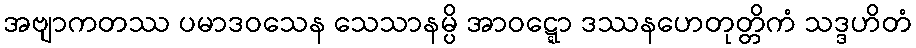
အဗျာကတဿ ပမာဒဝသေန သေသာနမ္ပိ အာဝဋ္ဋော ဒဿနဟေတုတ္တိကံ သဒ္ဒဟိတံ